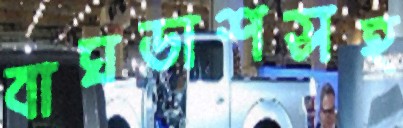
বাঘডাশসহ